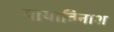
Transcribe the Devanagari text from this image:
मायाविनाश